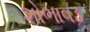
શોભાવડ